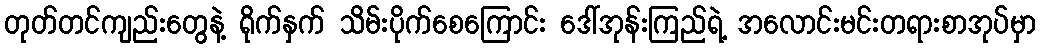
တုတ်တင်ကျည်းတွေနဲ့ ရိုက်နှက် သိမ်းပိုက်စေကြောင်း ဒေါ်အုန်းကြည်ရဲ့ အလောင်းမင်းတရားစာအုပ်မှာ